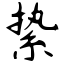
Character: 絷